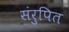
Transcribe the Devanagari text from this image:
संरुपित